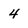
Character: 4